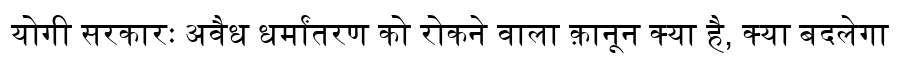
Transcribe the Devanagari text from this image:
योगी सरकारः अवैध धर्मांतरण को रोकने वाला क़ानून क्या है, क्या बदलेगा